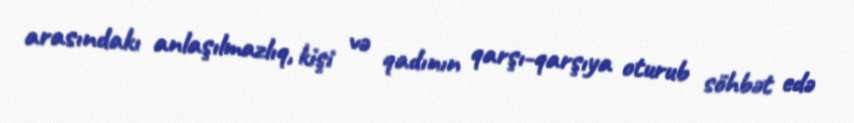
arasındakı anlaşılmazlıq, kişi və qadının qarşı-qarşıya oturub söhbət edə